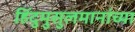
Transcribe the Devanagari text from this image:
हिंदुमुसुलमानांच्या